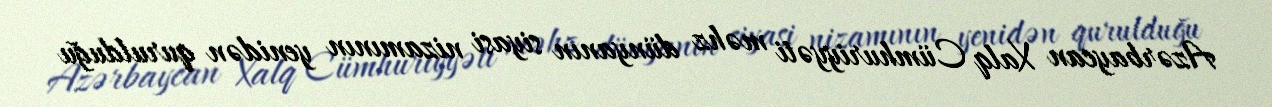
Azərbaycan Xalq Cümhuriyyəti məhz dünyanın siyasi nizamının yenidən qurulduğu